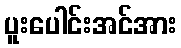
ပူးပေါင်းအင်အား